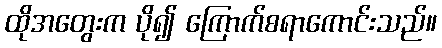
ထိုအတွေးက ပို၍ ကြောက်စရာကောင်းသည်။